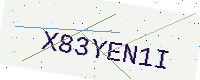
Text: X83YEN1I